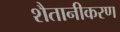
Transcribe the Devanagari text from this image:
शैतानीकरण